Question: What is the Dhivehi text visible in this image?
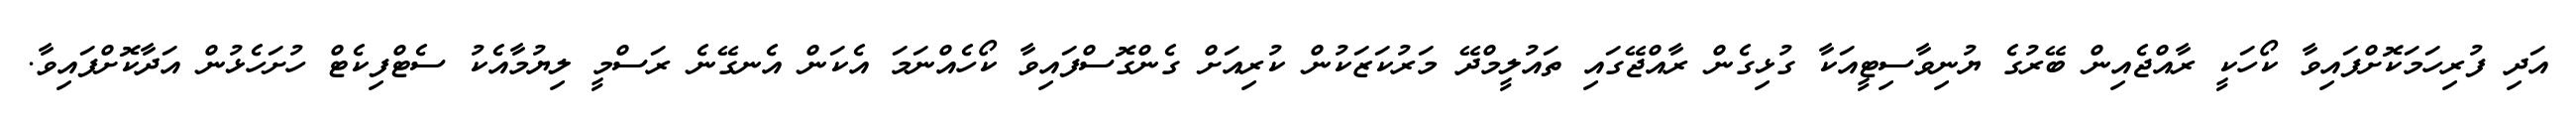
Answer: އަދި ފުރިހަމަކޮށްފައިވާ ކޯހަކީ ރާއްޖެއިން ބޭރުގެ ޔުނިވާސިޓީއަކާ ގުޅިގެން ރާއްޖޭގައި ތައުލީމްދޭ މަރުކަޒަކުން ކުރިއަށް ގެންގޮސްފައިވާ ކޯހެއްނަމަ އެކަން އެނގޭނެ ރަސްމީ ލިޔުމާއެކު ސެޓްފިކެޓް ހުށަހެޅުން އަދާކޮށްފައިވާ.